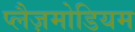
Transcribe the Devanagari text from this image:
प्लैज़मोडियम